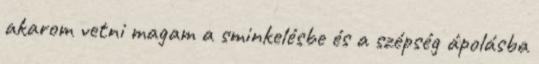
akarom vetni magam a sminkelésbe és a szépség ápolásba